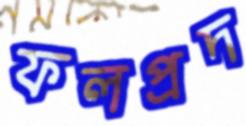
ফলপ্রদ